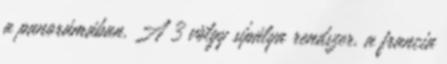
a panorámában. A 3 völgy sípálya rendszer, a francia